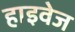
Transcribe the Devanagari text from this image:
हाइवेज